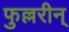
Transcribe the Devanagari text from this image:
फुल्लरीन्